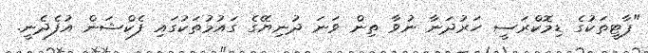
"ޕާޓީތަކުގެ ޑިމޮކްރަސީ ހަރުދަނާ ނުވާ ތިން ވަނަ ދުނިޔޭގެ ގައުމުތަކުގައި ފެކްޝަން އުފެދެނީ.